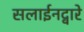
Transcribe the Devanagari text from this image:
सलाईनद्वारे